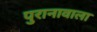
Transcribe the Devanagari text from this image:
पुरानावाला